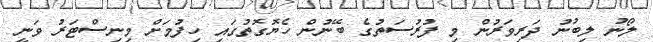
ލޯނު ލިބުނު ދަރިވަރުން މި ފުރުސަތުގެ ބޭނުން ހެޔޮގޮތުގައި ހިފުމަށް މިނިސްޓަރު ވަނީ